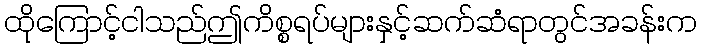
ထိုကြောင့်ငါသည်ဤကိစ္စရပ်များနှင့်ဆက်ဆံရာတွင်အခန်းက